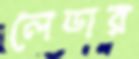
লেডার